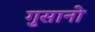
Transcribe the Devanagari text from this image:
गुसानो